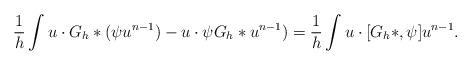
LaTeX: \begin{align*}\frac1h\int u\cdot G_h*(\psi u^{n-1}) - u\cdot \psi G_h \ast u^{n-1})= \frac1h\int u\cdot [G_h*, \psi] u^{n-1}.\end{align*}